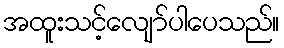
အထူးသင့်လျော်ပါပေသည်။